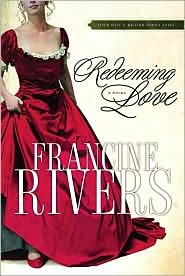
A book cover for Redeeming Love; Francine Rivers; Romance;